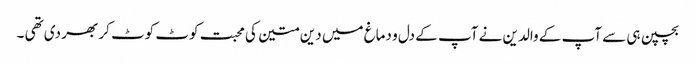
بچپن ہی سے آپ کے والدین نے آپ کے دل و دماغ میں دین متین کی محبت کوٹ کوٹ کر بھر دی تھی ۔